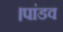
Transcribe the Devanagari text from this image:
।पांडव